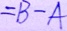
= B - A